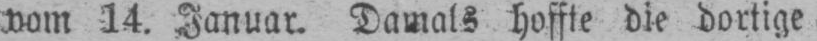
vom 14. Januar. Damals hoffte die dortige